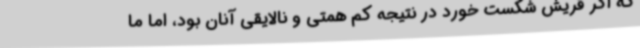
که اگر قریش شکست خورد در نتیجه کم همتی و نالایقی آنان بود، اما ما